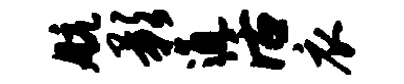
航影通活衣